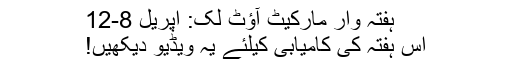
ہفتہ وار مارکیٹ آؤٹ لک: اپریل 8-12
اس ہفتہ کی کامیابی کیلئے یہ ویڈیو دیکھیں!